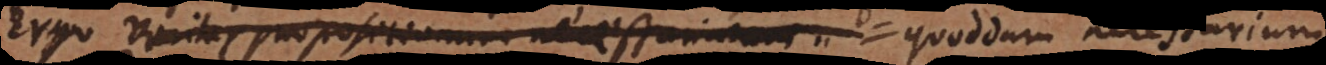
Ergo veritas propositionum necessarium quoddam necessarium